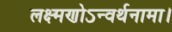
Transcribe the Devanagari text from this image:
लक्ष्मणोऽन्वर्थनामा।